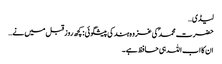
لیڈی…
حضرت محمد ؐ کی غزوہ ہند کی پیشگوئی : کچھ روز قبل میں نے…
ان کا اب اللہ ہی حافظ ہے ۔